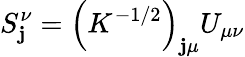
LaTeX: S_{\mathbf{j}}^{\nu}=\left(K^{-1/2}\right)_{\mathbf{j}\mu}U_{\mu\nu}